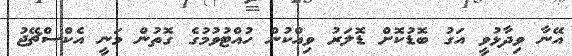
އޭނާ ވިދާޅުވީ އަގު ބޮޑުކޮށް ޑޮލަރު ވިއްކުން ހުއްޓުވުމުގެ ގޮތުން މަނީ އެކްސްޗޭޖު